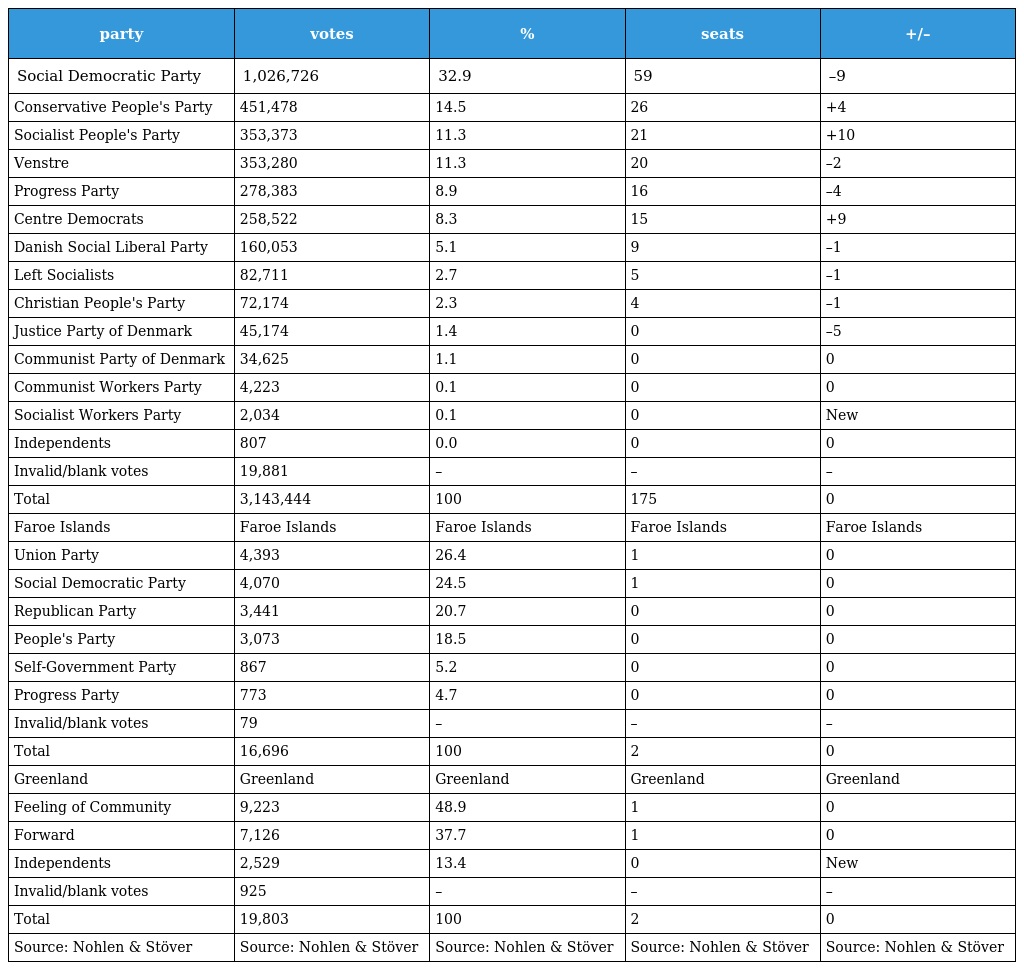
| party | votes | % | seats | +/– |
 | --- | --- | --- | --- | --- |
 | Social Democratic Party | 1,026,726 | 32.9 | 59 | –9 |
 | Conservative People's Party | 451,478 | 14.5 | 26 | +4 |
 | Socialist People's Party | 353,373 | 11.3 | 21 | +10 |
 | Venstre | 353,280 | 11.3 | 20 | –2 |
 | Progress Party | 278,383 | 8.9 | 16 | –4 |
 | Centre Democrats | 258,522 | 8.3 | 15 | +9 |
 | Danish Social Liberal Party | 160,053 | 5.1 | 9 | –1 |
 | Left Socialists | 82,711 | 2.7 | 5 | –1 |
 | Christian People's Party | 72,174 | 2.3 | 4 | –1 |
 | Justice Party of Denmark | 45,174 | 1.4 | 0 | –5 |
 | Communist Party of Denmark | 34,625 | 1.1 | 0 | 0 |
 | Communist Workers Party | 4,223 | 0.1 | 0 | 0 |
 | Socialist Workers Party | 2,034 | 0.1 | 0 | New |
 | Independents | 807 | 0.0 | 0 | 0 |
 | Invalid/blank votes | 19,881 | – | – | – |
 | Total | 3,143,444 | 100 | 175 | 0 |
 | Faroe Islands | Faroe Islands | Faroe Islands | Faroe Islands | Faroe Islands |
 | Union Party | 4,393 | 26.4 | 1 | 0 |
 | Social Democratic Party | 4,070 | 24.5 | 1 | 0 |
 | Republican Party | 3,441 | 20.7 | 0 | 0 |
 | People's Party | 3,073 | 18.5 | 0 | 0 |
 | Self-Government Party | 867 | 5.2 | 0 | 0 |
 | Progress Party | 773 | 4.7 | 0 | 0 |
 | Invalid/blank votes | 79 | – | – | – |
 | Total | 16,696 | 100 | 2 | 0 |
 | Greenland | Greenland | Greenland | Greenland | Greenland |
 | Feeling of Community | 9,223 | 48.9 | 1 | 0 |
 | Forward | 7,126 | 37.7 | 1 | 0 |
 | Independents | 2,529 | 13.4 | 0 | New |
 | Invalid/blank votes | 925 | – | – | – |
 | Total | 19,803 | 100 | 2 | 0 |
 | Source: Nohlen & Stöver | Source: Nohlen & Stöver | Source: Nohlen & Stöver | Source: Nohlen & Stöver | Source: Nohlen & Stöver |